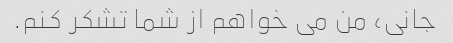
جانی، من می خواهم از شما تشکر کنم.